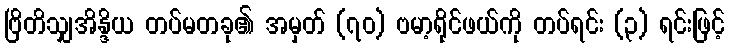
ဗြိတိသျှအိန္ဒိယ တပ်မတခု၏ အမှတ် (၇၀) ဗမာ့ရိုင်ဖယ်ကို တပ်ရင်း (၃) ရင်းဖြင့်